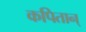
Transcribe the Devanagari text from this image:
कपितान्